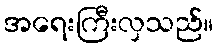
အရေးကြီးလှသည်။